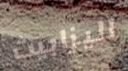
اليزابيث